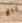
باغ